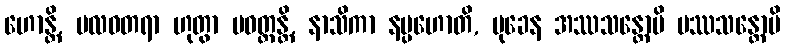
ဟောန္တိ, ဗလဝတရာ ဟုတွာ ပဝတ္တန္တိ, နာသိကာ နပ္ပဟောတိ, မုခေန အဿသန္တောပိ ပဿသန္တောပိ